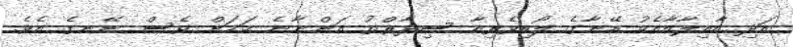
އަދި އާއިލާއާއެކު އޭނާގެ ލޯބިވެރިއާ ސިދާރްތު އަންނާނެ ކަމަށް ވެސް ނޭނގެ އެވެ.